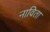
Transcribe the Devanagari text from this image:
नाविता